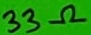
Text: 33Ω